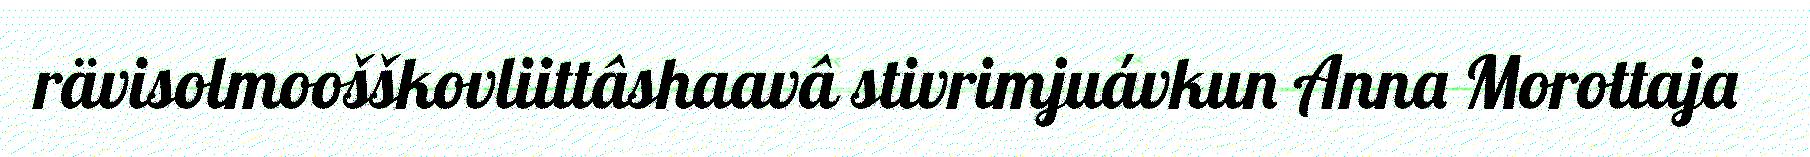
rävisolmoošškovliittâshaavâ stivrimjuávkun Anna Morottaja